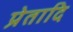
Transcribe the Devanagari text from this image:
प्रेतादि